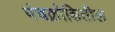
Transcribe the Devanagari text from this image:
पंचक्रोशितील